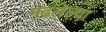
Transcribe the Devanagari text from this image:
मढलेल्या